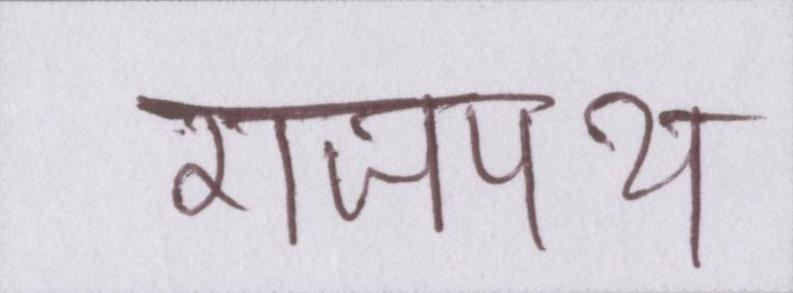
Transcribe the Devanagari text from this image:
राजपथ